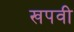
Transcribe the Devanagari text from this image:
खपवी